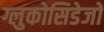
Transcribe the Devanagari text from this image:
ग्लुकोसिडेजों